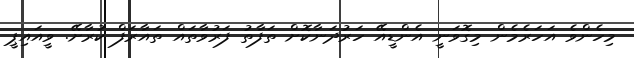
މިހެންވެ އަހަރެމެން މިގޮވަނީ އެންޑީއޭ ހަރުދަނާކޮށް ތަފާތު ފަރުވާތައް ތައާރަފް ކުރާށޭ. ވީއައިޕީ